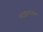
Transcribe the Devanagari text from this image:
चंद्रकुळातील